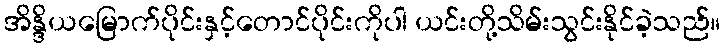
အိန္ဒိယမြောက်ပိုင်းနှင့်တောင်ပိုင်းကိုပါ ယင်းတို့သိမ်းသွင်းနိုင်ခဲ့သည်။